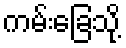
ကမ်းခြေသို့